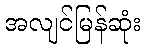
အလျင်မြန်ဆုံး